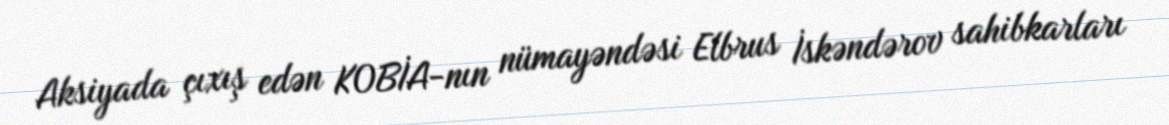
Aksiyada çıxış edən KOBİA-nın nümayəndəsi Elbrus İskəndərov sahibkarları